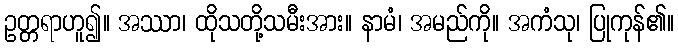
ဥတ္တရာဟူ၍။ အဿာ၊ ထိုသတို့သမီးအား။ နာမံ၊ အမည်ကို။ အကံသု၊ ပြုကုန်၏။